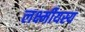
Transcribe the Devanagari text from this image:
लर्क्ष्मीयस्य